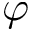
\varphi